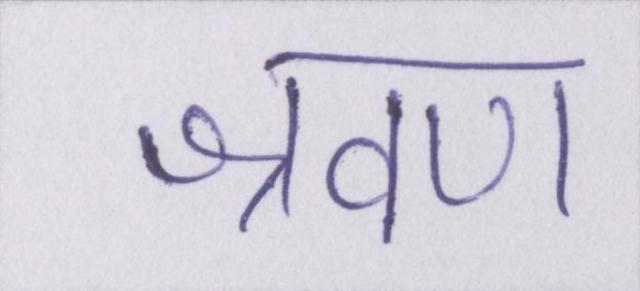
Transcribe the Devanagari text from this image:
श्रवण